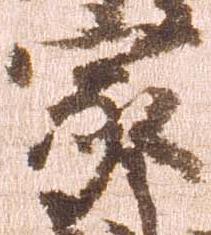
家